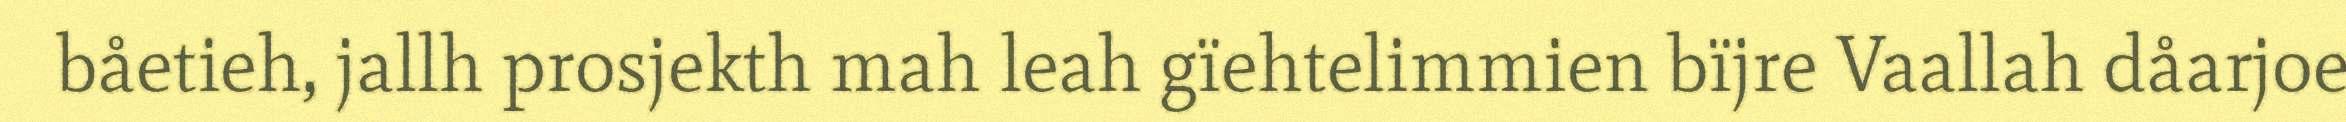
båetieh, jallh prosjekth mah leah gïehtelimmien bïjre Vaallah dåarjoe